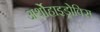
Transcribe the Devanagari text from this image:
अर्थोहाइड्रोक्सि